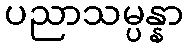
ပညာသမ္ပန္နာ